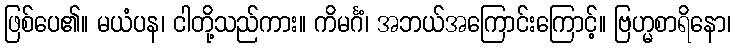
ဖြစ်ပေ၏။ မယံပန၊ ငါတို့သည်ကား။ ကိမင်္ဂံ၊ အဘယ်အကြောင်းကြောင့်။ ဗြဟ္မစာရိနော၊